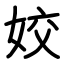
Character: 姣